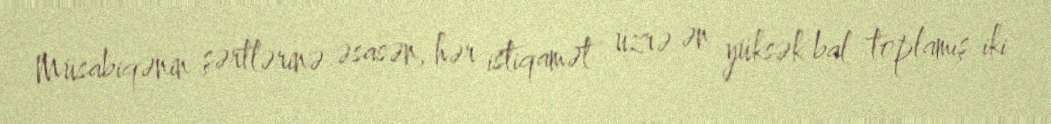
Müsabiqənin şərtlərinə əsasən, hər istiqamət üzrə ən yüksək bal toplamış iki